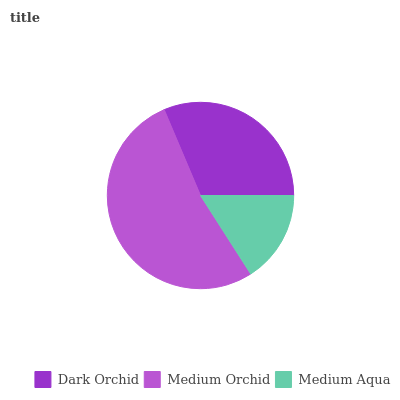
| Dark Orchid | Medium Orchid | Medium Aqua |
 | --- | --- | --- |
 | 31.4% | 52.7% | 15.9% |